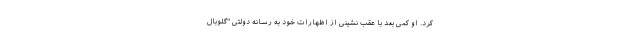
کرد. او کمی بعد با عقب نشینی از اظهارات خود به رسانه دولتی "گلوبال